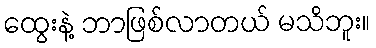
ထွေးနဲ့ ဘာဖြစ်လာတယ် မသိဘူး။